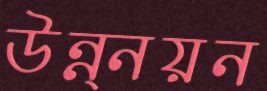
উন্ন্নয়ন